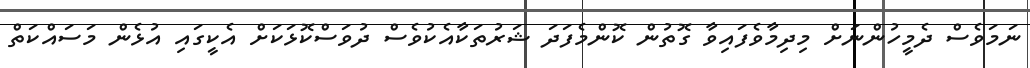
ނަމަވެސް ދެމީހުންނަށް މިދިމާވެފައިވާ ގޮތުން ކޮންމެފަދަ ޝަރުތަކާއެކުވެސް ދުވަސްކޮޅަކަށް އެކީގައި އުޅެން މަސައްކަތް